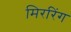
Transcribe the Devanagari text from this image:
मिररिंग